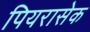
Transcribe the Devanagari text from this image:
पियरासेक